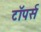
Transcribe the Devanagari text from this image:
टॉपर्स